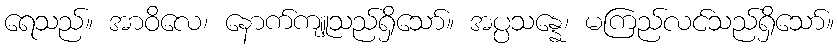
ရေသည်။ အာဝိလေ၊ နောက်ကျူသည်ရှိသော်။ အပ္ပသန္နေ၊ မကြည်လင်သည်ရှိသော်။